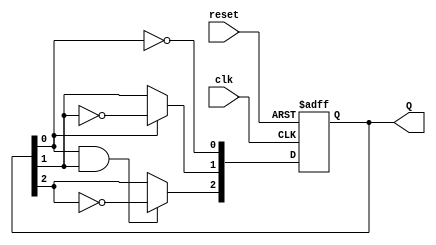
module ripple_counter (
    input wire clk,        // Clock input
    input wire reset,      // Asynchronous reset input
    output reg [2:0] Q     // 3-bit output
);

// Always block triggered by clock edge
always @(posedge clk or posedge reset) begin
    if (reset) begin
        // Reset the counter to 0
        Q <= 3'b000;
    end else begin
        // Ripple counter logic
        Q[0] <= ~Q[0];           // Toggle the least significant bit
        Q[1] <= Q[0] ? ~Q[1] : Q[1]; // Toggle the second flip-flop if Q[0] is high
        Q[2] <= (Q[0] & Q[1]) ? ~Q[2] : Q[2]; // Toggle the third flip-flop if Q[0] and Q[1] are high
    end
end

endmodule